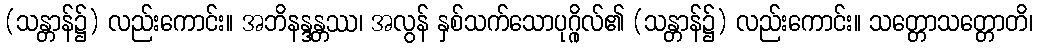
(သန္တာန်၌) လည်းကောင်း။ အဘိနန္ဒန္တဿ၊ အလွန် နှစ်သက်သောပုဂ္ဂိုလ်၏ (သန္တာန်၌) လည်းကောင်း။ သတ္တောသတ္တောတိ၊